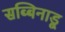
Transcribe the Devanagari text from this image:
सब्बिनाडू